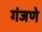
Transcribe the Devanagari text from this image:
गंजणे